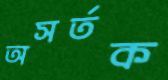
অসর্তক